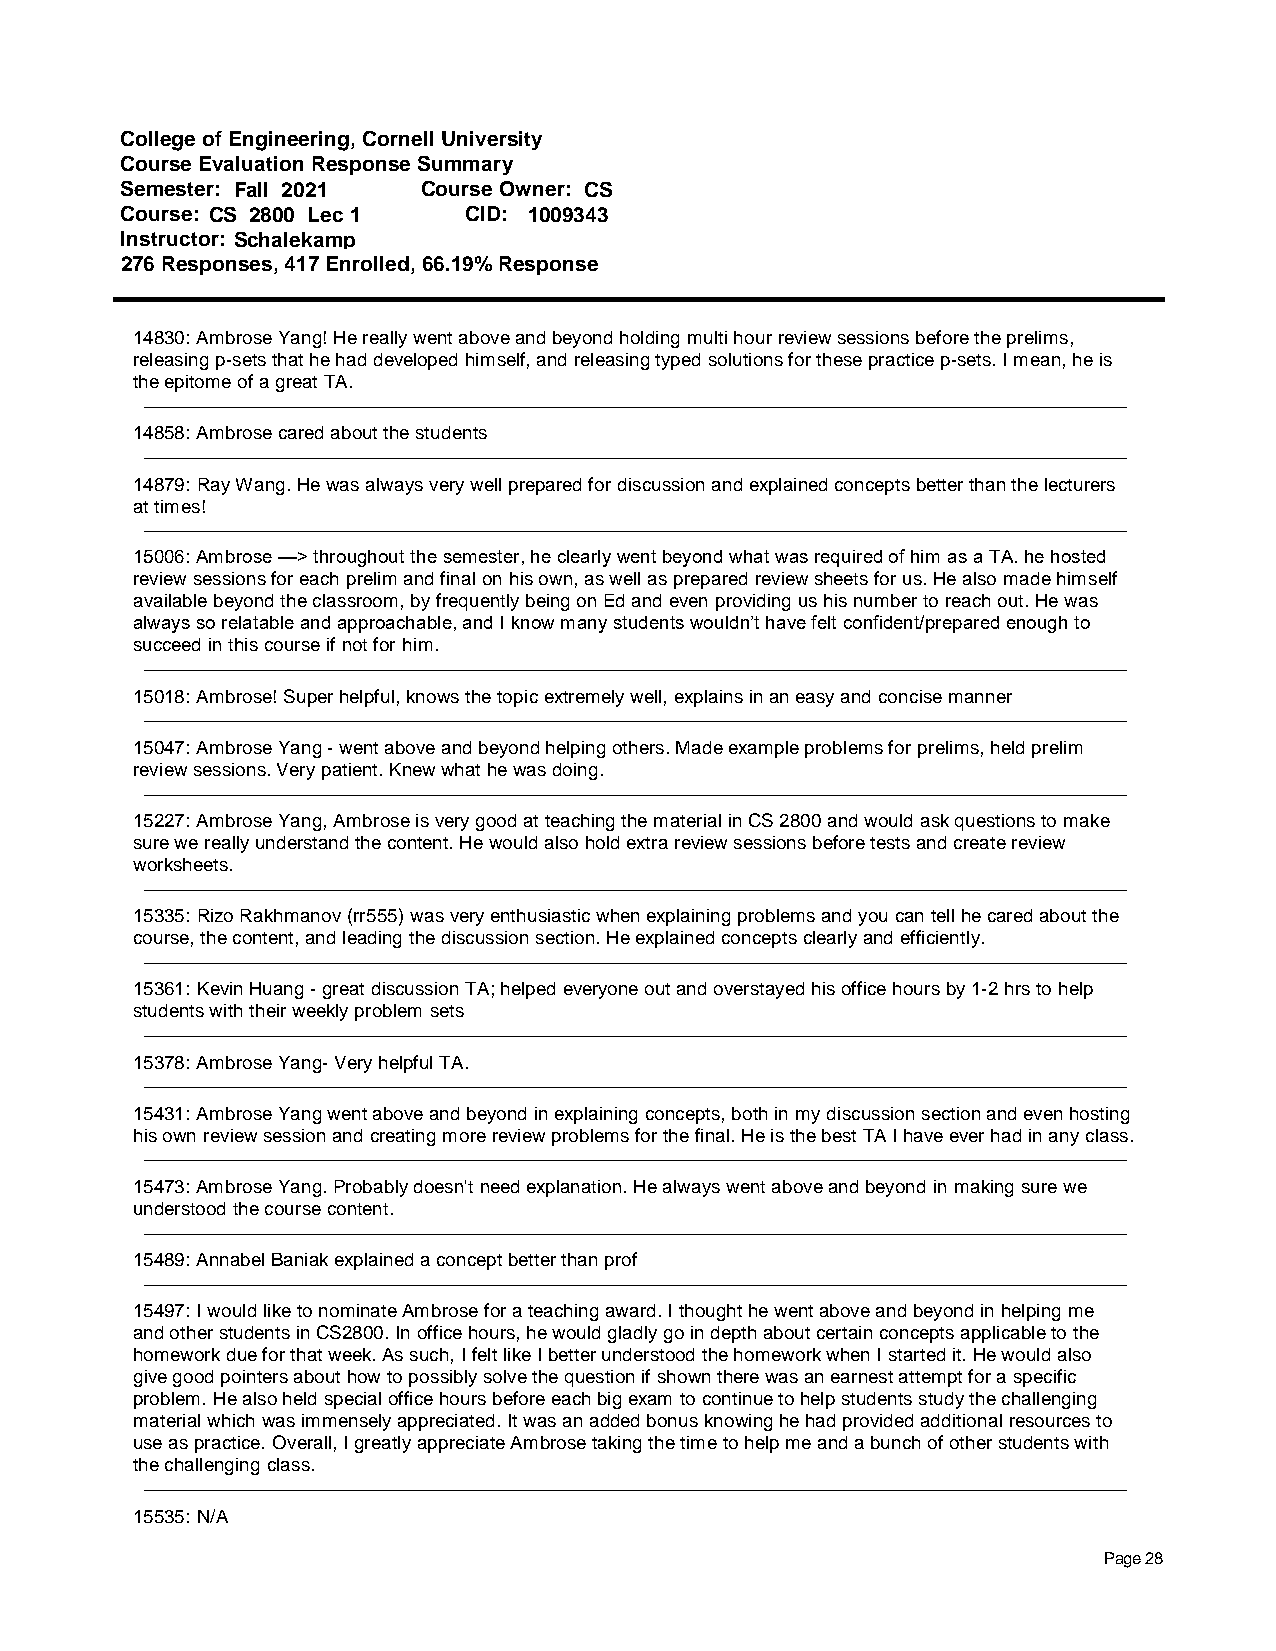
College of Engineering, Cornell University
 Course Evaluation Response Summary
 Semester: Fall 2021 Course Owner: CS
 Course: CS 2800 Lec 1  CID: 1009343
 Instructor: Schalekamp
 276 Responses, 417 Enrolled, 66.19% Response
 14830: Ambrose Yang! He really went above and beyond holding multi hour review sessions before the prelims,
 releasing p-sets that he had developed himself, and releasing typed solutions for these practice p-sets. I mean, he is
 the epitome of a great TA.
 14858: Ambrose cared about the students
 14879: Ray Wang. He was always very well prepared for discussion and explained concepts better than the lecturers
 at times!
 15006: Ambrose —> throughout the semester, he clearly went beyond what was required of him as a TA. he hosted
 review sessions for each prelim and final on his own, as well as prepared review sheets for us. He also made himself
 available beyond the classroom, by frequently being on Ed and even providing us his number to reach out. He was
 always so relatable and approachable, and I know many students wouldn’t have felt confident/prepared enough to
 succeed in this course if not for him.
 15018: Ambrose! Super helpful, knows the topic extremely well, explains in an easy and concise manner
 15047: Ambrose Yang - went above and beyond helping others. Made example problems for prelims, held prelim
 review sessions. Very patient. Knew what he was doing.
 15227: Ambrose Yang, Ambrose is very good at teaching the material in CS 2800 and would ask questions to make
 sure we really understand the content. He would also hold extra review sessions before tests and create review
 worksheets.
 15335: Rizo Rakhmanov (rr555) was very enthusiastic when explaining problems and you can tell he cared about the
 course, the content, and leading the discussion section. He explained concepts clearly and efficiently.
 15361: Kevin Huang - great discussion TA; helped everyone out and overstayed his office hours by 1-2 hrs to help
 students with their weekly problem sets
 15378: Ambrose Yang- Very helpful TA.
 15431: Ambrose Yang went above and beyond in explaining concepts, both in my discussion section and even hosting
 his own review session and creating more review problems for the final. He is the best TA I have ever had in any class.
 15473: Ambrose Yang. Probably doesn't need explanation. He always went above and beyond in making sure we
 understood the course content.
 15489: Annabel Baniak explained a concept better than prof
 15497: I would like to nominate Ambrose for a teaching award. I thought he went above and beyond in helping me
 and other students in CS2800. In office hours, he would gladly go in depth about certain concepts applicable to the
 homework due for that week. As such, I felt like I better understood the homework when I started it. He would also
 give good pointers about how to possibly solve the question if shown there was an earnest attempt for a specific
 problem. He also held special office hours before each big exam to continue to help students study the challenging
 material which was immensely appreciated. It was an added bonus knowing he had provided additional resources to
 use as practice. Overall, I greatly appreciate Ambrose taking the time to help me and a bunch of other students with
 the challenging class.
 15535: N/A
 Page 28